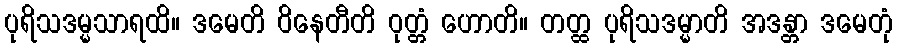
ပုရိသဒမ္မသာရထိ။ ဒမေတိ ဝိနေတီတိ ဝုတ္တံ ဟောတိ။ တတ္ထ ပုရိသဒမ္မာတိ အဒန္တာ ဒမေတုံ